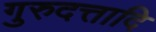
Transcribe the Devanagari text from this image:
गुरुदत्तादि